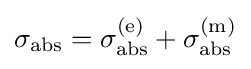
{\textstyle \sigma _{\text{abs}}=\sigma _{\text{abs}}^{\text{(e)}}+\sigma _{\text{abs}}^{\text{(m)}}}